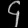
Digit: ၄